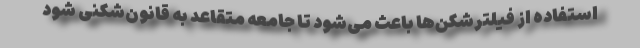
استفاده از فیلترشکن‌ها باعث می‌شود تا جامعه متقاعد به قانون‌شکنی شود